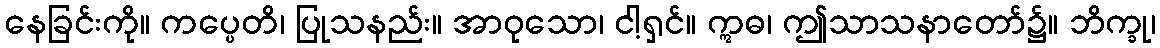
နေခြင်းကို။ ကပ္ပေတိ၊ ပြုသနည်း။ အာဝုသော၊ ငါ့ရှင်။ ဣဓ၊ ဤသာသနာတော်၌။ ဘိက္ခု၊